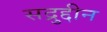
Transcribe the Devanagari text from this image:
सद्रुद्दीन